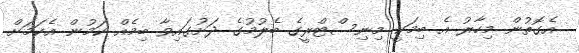
އެގޮތުން މިހާރު އެ ބިމަކީ މިނިސްޓްރީގެ ބެލުމުގެ ދަށުގައިވާ ބިމެއް ކަމުން އެކަމަށް